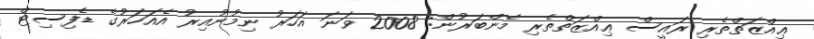
ޢިއްޒަތްތެރި ރައީސް ޢިއްޒަތްތެރި މެންބަރުން: 2008 ވަނަ އަހަރު ނިމުނުއިރު އެއަހަރުގެ ޑެފިސިޓް